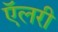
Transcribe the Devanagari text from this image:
ऍलरी